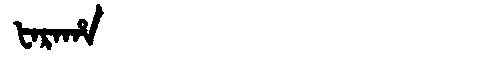
Manchu: ᡶᠠᡵᠠᡥᠠ
Romanization: FARAHA